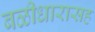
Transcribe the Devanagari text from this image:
बळीधारासह